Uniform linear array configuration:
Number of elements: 12
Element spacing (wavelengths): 0.5
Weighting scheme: kaiser
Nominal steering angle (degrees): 45
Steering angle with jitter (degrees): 46.832
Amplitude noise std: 0.05
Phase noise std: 0.05

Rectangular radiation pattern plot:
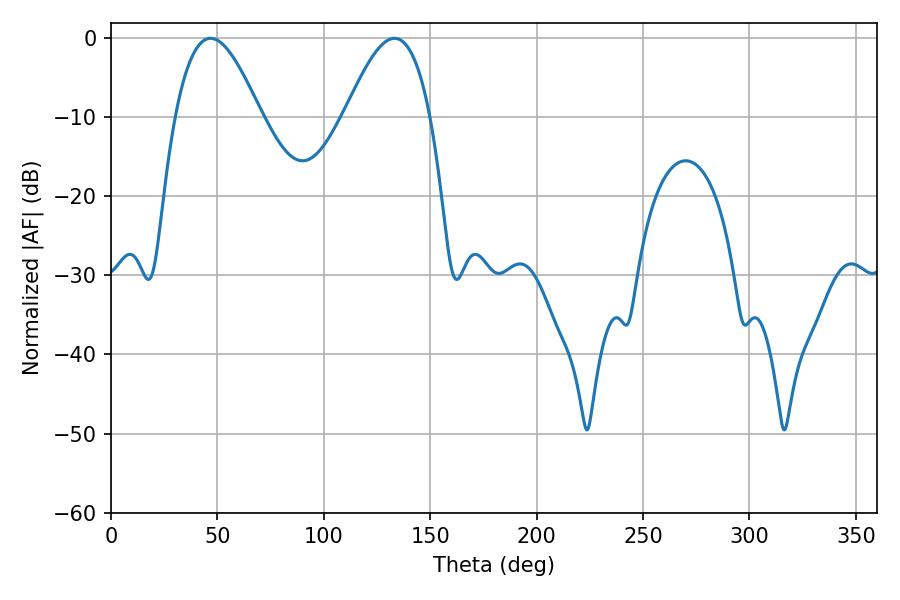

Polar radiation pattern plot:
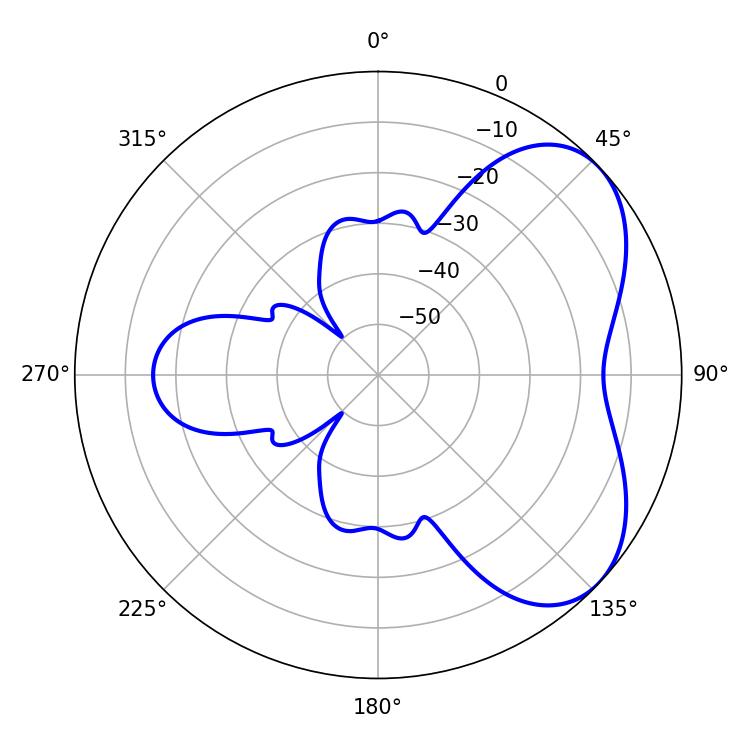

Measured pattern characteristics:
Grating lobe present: FALSE
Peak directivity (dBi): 5.088
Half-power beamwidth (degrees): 21.78
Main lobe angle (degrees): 46.8